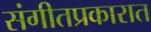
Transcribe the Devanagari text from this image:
संगीतप्रकारात